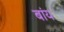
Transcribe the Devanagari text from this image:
बांय